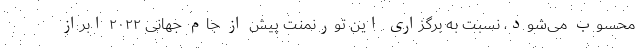
محسوب می‌شود، نسبت به برگزاری این تورنمنت پیش از جام جهانی ۲۰۲۲ ابراز